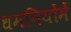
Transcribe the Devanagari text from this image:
धमनियोंमें